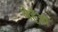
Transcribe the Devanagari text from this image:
गेहूँओं